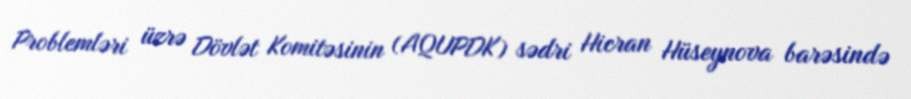
Problemləri üzrə Dövlət Komitəsinin (AQUPDK) sədri Hicran Hüseynova barəsində